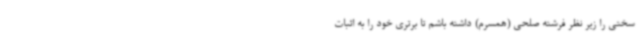
سختی را زیر نظر فرشته صلحی (همسرم) داشته باشم تا برتری خود را به اثبات